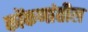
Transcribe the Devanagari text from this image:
कोंकणांतील